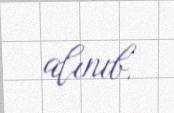
alınıb.